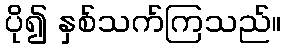
ပို၍ နှစ်သက်ကြသည်။